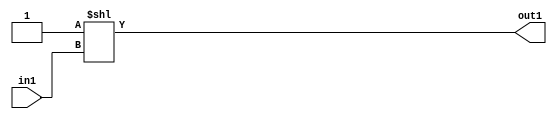
`timescale 1ps / 1ps
/*****************************************************************************
    Verilog RTL Description
    
    
    Created by: Stratus DpOpt 2019.1.01 
*******************************************************************************/

module in_buff_DECODE_2U_23_4_0 (
	in1,
	out1
	); /* architecture "behavioural" */ 
input  in1;
output [1:0] out1;
wire [1:0] asc001;

assign asc001 = 2'B01 << in1;

assign out1 = asc001;
endmodule

/* CADENCE  urb1Sws= : u9/ySgnWtBlWxVPRXgAZ4Og= ** DO NOT EDIT THIS LINE ******/